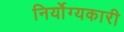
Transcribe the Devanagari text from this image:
निर्योग्यकारी